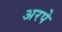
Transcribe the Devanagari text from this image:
अरपे